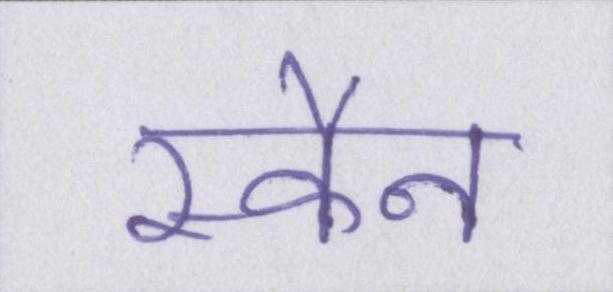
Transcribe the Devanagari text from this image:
स्कैन